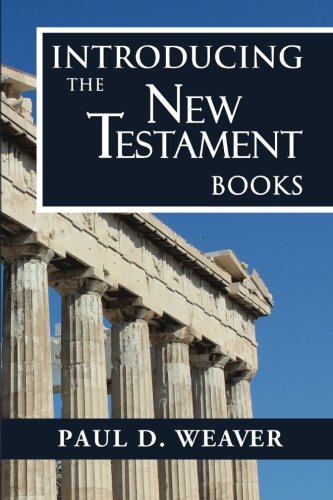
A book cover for Introducing the New Testament Books: A Thorough but Concise Introduction for Proper Interpretation (Biblical Studies) (Volume 3); Paul D Weaver; Christian Books & Bibles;